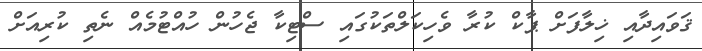
ޤަވައިދާއި ޚިލާފަށް ޕާކް ކުރާ ވެހިކަލްތަކުގައި ސްޓިކާ ޖެހުން ހުއްޓުމެއް ނެތި ކުރިއަށް